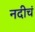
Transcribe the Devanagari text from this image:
नदीचं